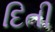
દિતી